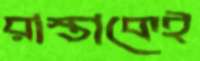
রাস্তাকেই